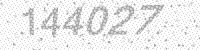
Solution: 144027